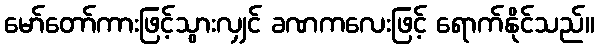
မော်တော်ကားဖြင့်သွားလျှင် ခဏကလေးဖြင့် ရောက်နိုင်သည်။